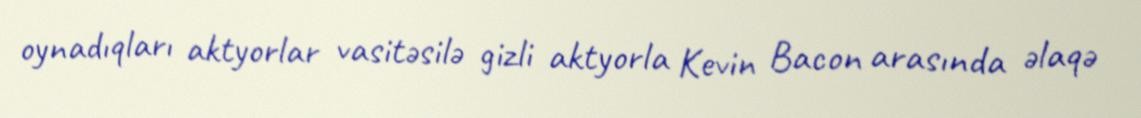
oynadıqları aktyorlar vasitəsilə gizli aktyorla Kevin Bacon arasında əlaqə